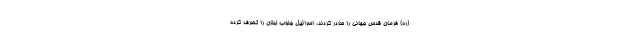
(ره) فرمان قدس جهانی را صادر کردند، اسرائیل جنوب لبنان را تصرف کرده